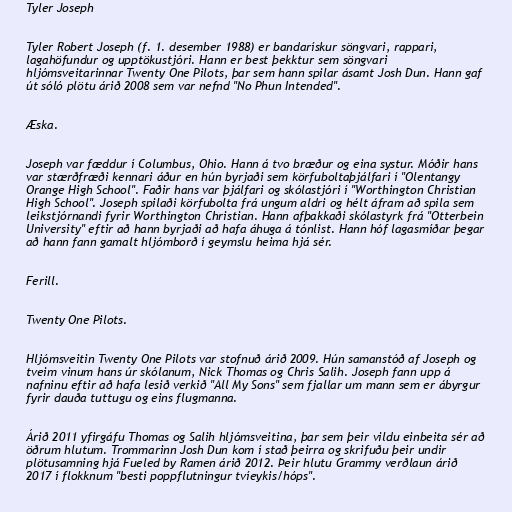
Tyler Joseph

Tyler Robert Joseph (f. 1. desember 1988) er bandarískur söngvari, rappari,
lagahöfundur og upptökustjóri. Hann er best þekktur sem söngvari
hljómsveitarinnar Twenty One Pilots, þar sem hann spilar ásamt Josh Dun. Hann gaf
út sóló plötu árið 2008 sem var nefnd "No Phun Intended".

Æska.

Joseph var fæddur í Columbus, Ohio. Hann á tvo bræður og eina systur. Móðir hans
var stærðfræði kennari áður en hún byrjaði sem körfuboltaþjálfari í "Olentangy
Orange High School". Faðir hans var þjálfari og skólastjóri í "Worthington Christian
High School". Joseph spilaði körfubolta frá ungum aldri og hélt áfram að spila sem
leikstjórnandi fyrir Worthington Christian. Hann afþakkaði skólastyrk frá "Otterbein
University" eftir að hann byrjaði að hafa áhuga á tónlist. Hann hóf lagasmíðar þegar
að hann fann gamalt hljómborð í geymslu heima hjá sér.

Ferill.

Twenty One Pilots.

Hljómsveitin Twenty One Pilots var stofnuð árið 2009. Hún samanstóð af Joseph og
tveim vinum hans úr skólanum, Nick Thomas og Chris Salih. Joseph fann upp á
nafninu eftir að hafa lesið verkið "All My Sons" sem fjallar um mann sem er ábyrgur
fyrir dauða tuttugu og eins flugmanna.

Árið 2011 yfirgáfu Thomas og Salih hljómsveitina, þar sem þeir vildu einbeita sér að
öðrum hlutum. Trommarinn Josh Dun kom í stað þeirra og skrifuðu þeir undir
plötusamning hjá Fueled by Ramen árið 2012. Þeir hlutu Grammy verðlaun árið
2017 í flokknum "besti poppflutningur tvíeykis/hóps".